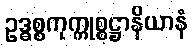
ဥဒ္ဓစ္စကုက္ကုစ္စဋ္ဌာနိယာနံ